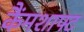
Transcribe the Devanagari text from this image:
कैंमशाफ्ट